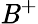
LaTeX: \mathit{B}^{+}